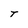
Character: T